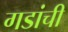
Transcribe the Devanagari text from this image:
गडांची